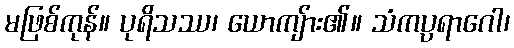
မဖြစ်ကုန်။ ပုရိသဿ၊ ယောကျ်ား၏။ သံကပ္ပရာဂေါ၊